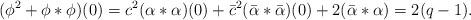
LaTeX: \begin{align*} (\phi^2+\phi*\phi)(0) = c^2(\alpha*\alpha)(0) + \bar c^2(\bar\alpha*\bar\alpha)(0)+2(\bar\alpha*\alpha)=2(q-1).\end{align*}